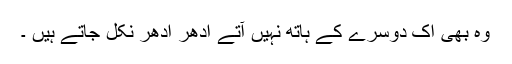
وہ بھی اک دوسرے کے ہاتھ نہیں آتے اِدھر اُدھر نکل جاتے ہیں ۔